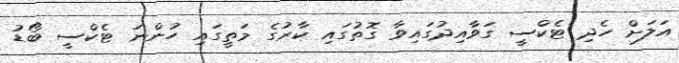
އަލަށް ހެދި ޓެކްސީ ގަވާއިދުގައިވާ ގޮތުގައި ކާރުގެ މަތީގައި ހުންނަ ޓެކްސީ ބޯޑު